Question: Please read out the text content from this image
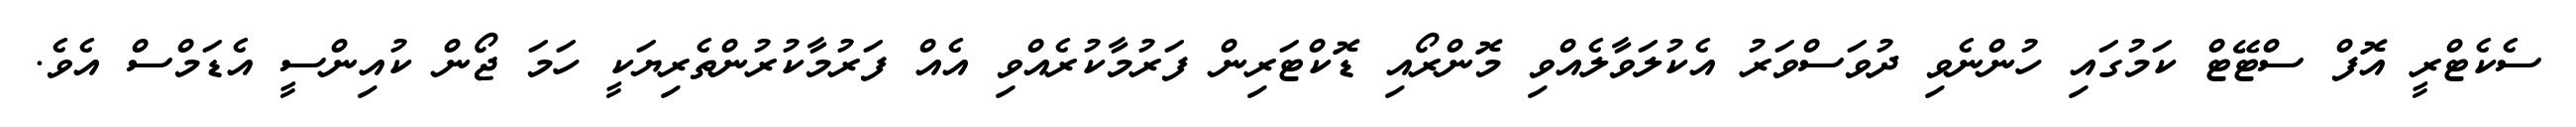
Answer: ސެކެޓްރީ އޮފް ސްޓޭޓް ކަމުގައި ހުންނެވި ދުވަސްވަރު އެކުލަވާލެއްވި މޮންރޯއި ޑޮކްޓަރިން ފަރުމާކުރެއްވި އެއް ފަރުމާކުރުންތެރިޔަކީ ހަމަ ޖޯން ކުއިންސީ އެޑަމްސް އެވެ.